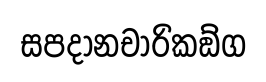
සපදානචාරිකඞ්ග